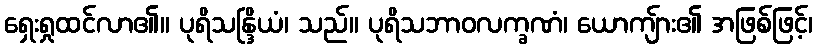
ရှေးရှုထင်လာ၏။ ပုရိသန္ဒြိယံ၊ သည်။ ပုရိသဘာဝလက္ခဏံ၊ ယောကျ်ား၏ အဖြစ်ဖြင့်၊